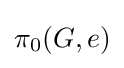
\pi _{0}(G,e)